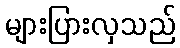
များပြားလှသည်